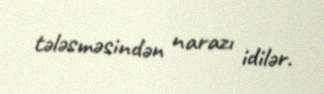
tələsməsindən narazı idilər.